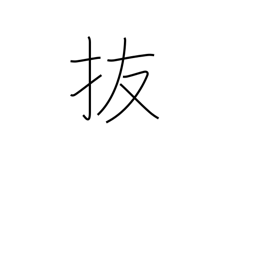
Meaning: omit